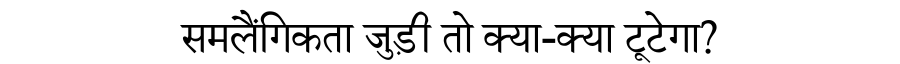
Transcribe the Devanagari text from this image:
समलैंगिकता जुड़ी तो क्या-क्या टूटेगा?